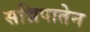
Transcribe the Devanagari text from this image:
सन्निपातेन